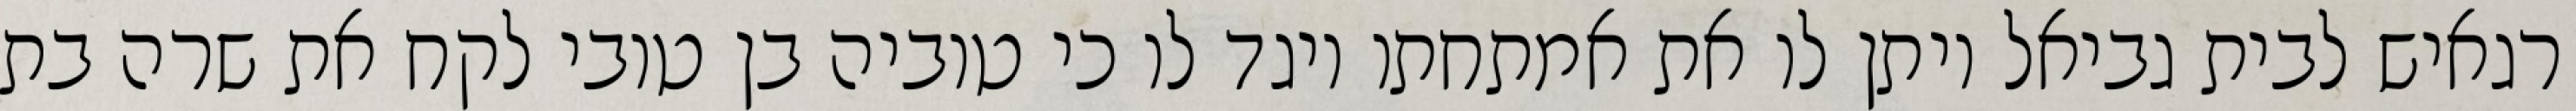
רגאיש לבית גביאל ויתן לו את אמתחתו ויגד לו כי טוביה בן טובי לקח את שרה בת